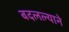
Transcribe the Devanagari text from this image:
बदलल्याने